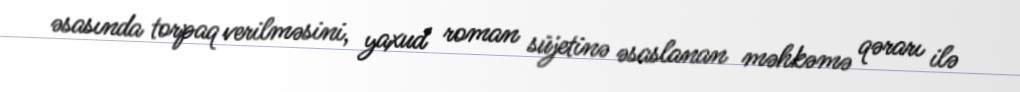
əsasında torpaq verilməsini, yaxud roman süjetinə əsaslanan məhkəmə qərarı ilə